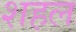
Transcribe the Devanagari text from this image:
शहल